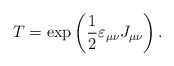
\begin{align*}T=\exp \left( \frac 12\varepsilon _{\mu \nu }J_{\mu \nu }\right) .\end{align*}